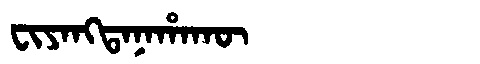
Manchu: ᠸᡳᠶᠠᠩᡨᠠᠨᠠᡥᠠᡴᡡ
Romanization: FIYANGTANAHAKŪ